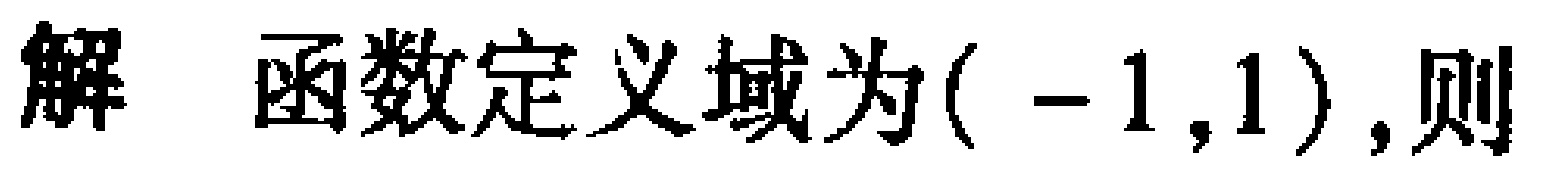
解 函数定义域为$(-1,1)$,则